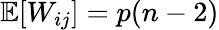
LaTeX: \mathbb{E}[W_{ij}]=p(n-2)